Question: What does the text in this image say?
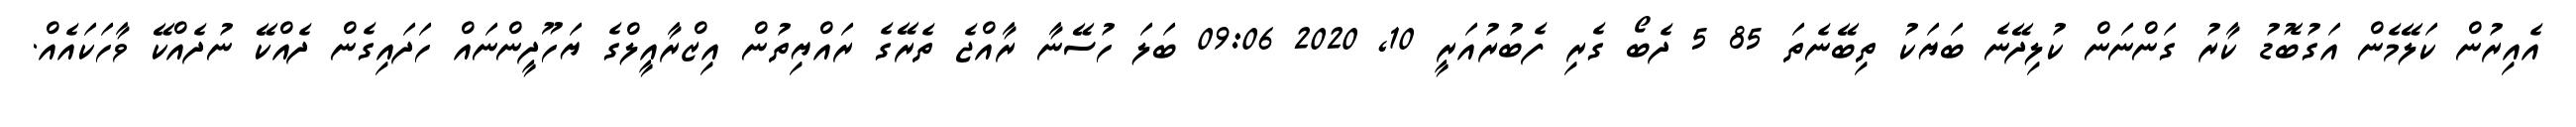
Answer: އެއިރުން ކަލޭމެން އަގުބޮޑު ކާރު ގަންނަން ކުލިދޭނެ ބަޔަކު ތިބޭނެތަ 85 5 ދެބޯ ގެރި ފެބުރުއަރީ 10, 2020 09:06 ބަލަ ހުސޭނާ ރާއްޖެ ތެރޭގެ ރައްޔިތުން އިޒްރާއީލްގެ ޔަހޫދީންނައް ހަދައިގެން ދެއްކޭ ނުދެއްކޭ ވާހަކައެއް.